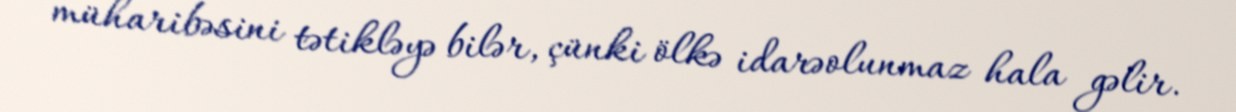
müharibəsini tətikləyə bilər, çünki ölkə idarəolunmaz hala gəlir.